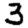
Digit: 3